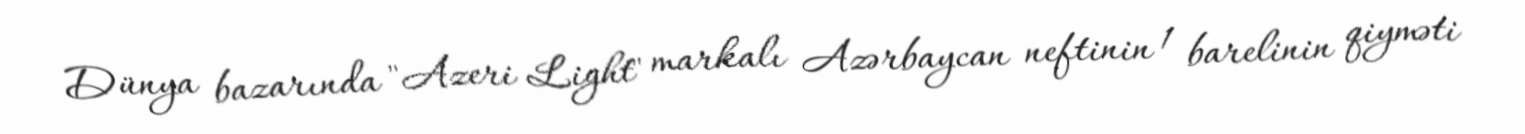
Dünya bazarında "Azeri Light" markalı Azərbaycan neftinin 1 barelinin qiyməti